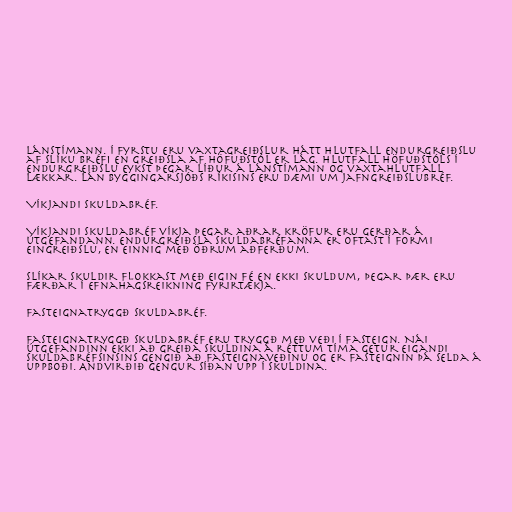
lánstímann. Í fyrstu eru vaxtagreiðslur hátt hlutfall endurgreiðslu
af slíku bréfi en greiðsla af höfuðstól er lág. Hlutfall höfuðstóls í
endurgreiðslu eykst þegar líður á lánstímann og vaxtahlutfall
lækkar. Lán Byggingarsjóðs ríkisins eru dæmi um jafngreiðslubréf.

Víkjandi skuldabréf.

Víkjandi skuldabréf víkja þegar aðrar kröfur eru gerðar á
útgefandann. Endurgreiðsla skuldabréfanna er oftast í formi
eingreiðslu, en einnig með öðrum aðferðum.

Slíkar skuldir flokkast með eigin fé en ekki skuldum, þegar þær eru
færðar í efnahagsreikning fyrirtækja.

Fasteignatryggð skuldabréf.

Fasteignatryggð skuldabréf eru tryggð með veði í fasteign. Nái
útgefandinn ekki að greiða skuldina á réttum tíma getur eigandi
skuldabréfsinsins gengið að fasteignaveðinu og er fasteignin þá selda á
uppboði. Andvirðið gengur síðan upp í skuldina.